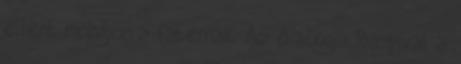
ellent mondjon a faternak. Az ő alkuja Rumpival a